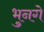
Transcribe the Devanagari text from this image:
भुनगे